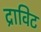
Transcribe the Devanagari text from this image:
द्राविट